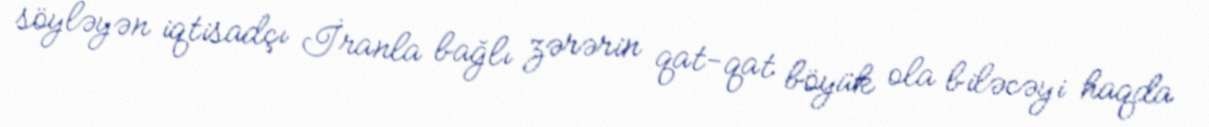
söyləyən iqtisadçı İranla bağlı zərərin qat-qat böyük ola biləcəyi haqda